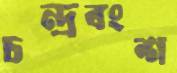
চন্দ্রবংশ